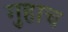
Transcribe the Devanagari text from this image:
गुहाच